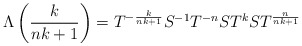
\begin{align*}\Lambda \left( \frac{k}{nk+1}\right) =T^{-\frac{k}{nk+1}}S^{-1}T^{-n}ST^{k}ST^{\frac{n}{nk+1}}\end{align*}